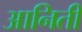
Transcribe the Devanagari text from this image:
आनिती